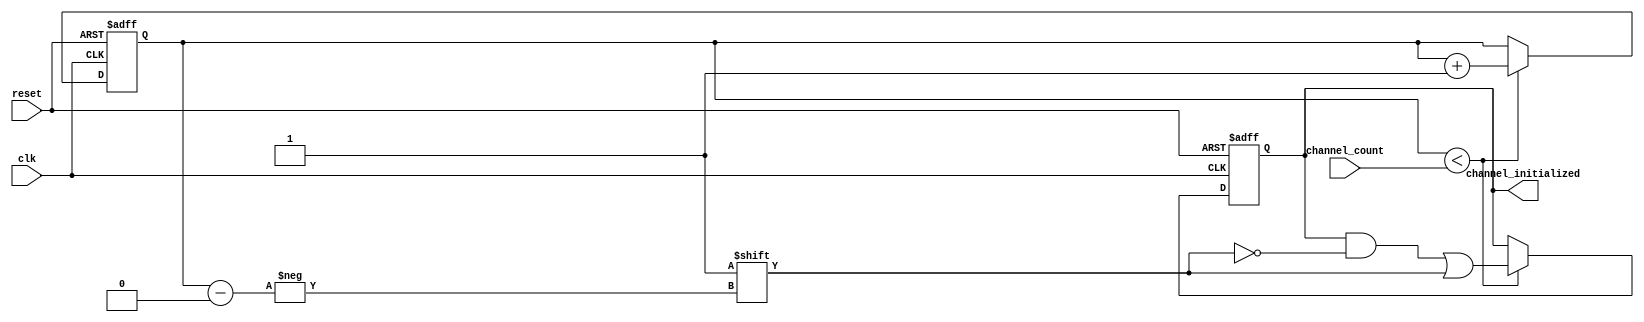
module MultiChannelInit #(
    parameter CHANNEL_WIDTH = 8 // Width of the channel initialized signal
)(
    input wire reset, 
    input wire clk, 
    input wire [3:0] channel_count, // Assuming a maximum of 16 channels
    output reg [CHANNEL_WIDTH-1:0] channel_initialized // Output for channel initialization status
);

    // Internal states
    reg [CHANNEL_WIDTH-1:0] initialized; // Flags for each channel
    reg [3:0] count; // Counter for initialized channels

    // Initialization Process
    always @(posedge clk or posedge reset) begin
        if (reset) begin
            // Reset all initialized flags and counter
            initialized <= {CHANNEL_WIDTH{1'b0}};
            count <= 0;
        end else begin
            // Clock-driven initialization
            if (count < channel_count) begin
                // Initialize the next channel
                initialized[count] <= 1'b1; // Set initialized flag for current channel
                count <= count + 1; // Increment the count
            end
        end
    end

    // Output update
    always @(*) begin
        channel_initialized = initialized; // Update the output based on internal states
    end

endmodule